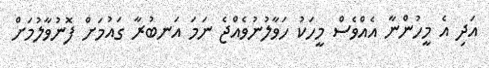
އަދި އެ މީހުންނާ އެއްވެސް މީހަކު ހަވާލުނުވެއްޖެ ނަމަ އަނބުރާ ގައުމަށް ފޮނުވާލުމަށް